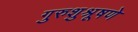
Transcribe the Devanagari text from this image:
गुरुशुश्रूषणे